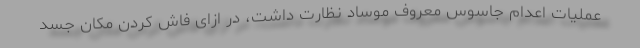
عملیات اعدام جاسوس معروف موساد نظارت داشت، در ازای فاش کردن مکان جسد